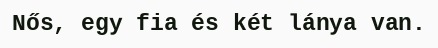
Nős, egy fia és két lánya van.